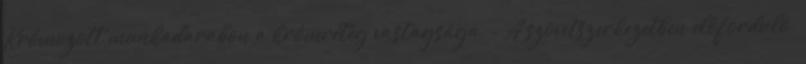
Krómozott munkadarabon a krómréteg vastagsága, - A szövetszerkezetben előforduló.